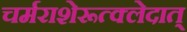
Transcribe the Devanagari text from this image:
चर्मराशेरूत्क्लेदात्